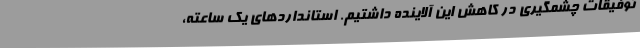
توفیقات چشمگیری در کاهش این آلاینده داشتیم. استانداردهای یک ساعته،